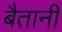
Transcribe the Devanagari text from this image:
बैतानी